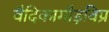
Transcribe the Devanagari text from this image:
वैदिकागौड़विप्र